Vabadussoja_Ajaloo_Komitee, lk 10
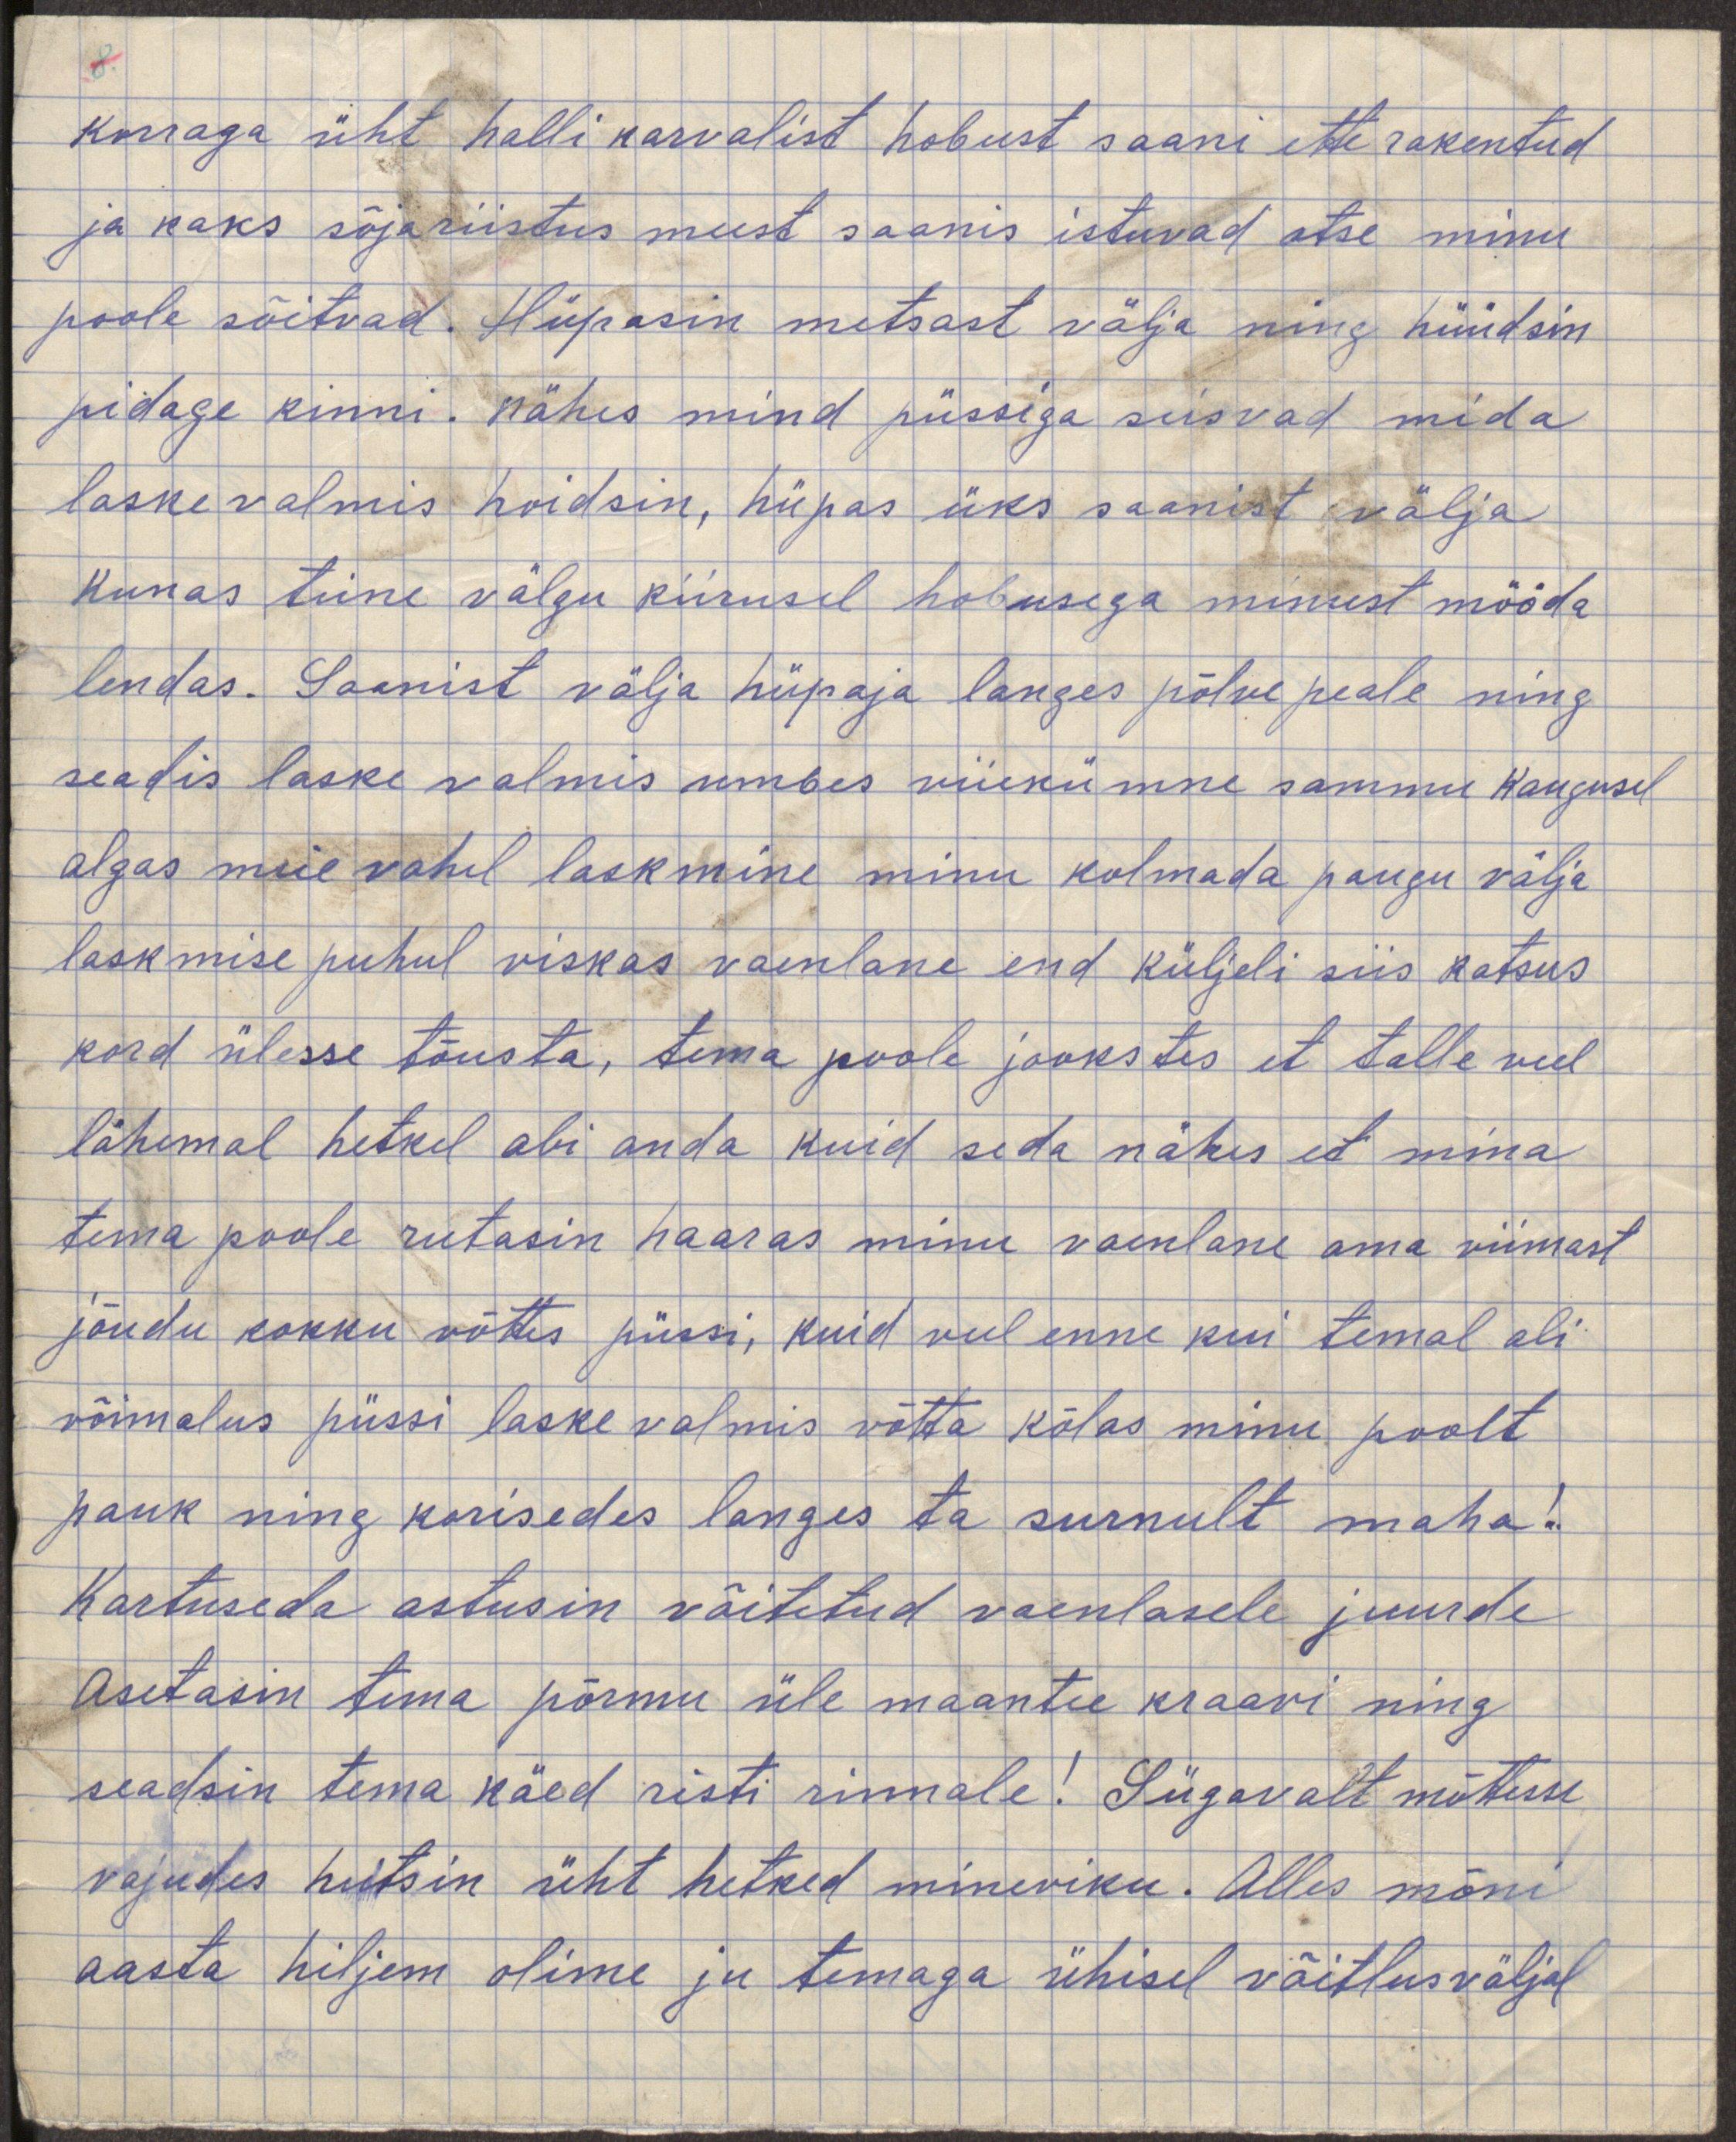
korraga üht halli karvalist hobust saani ette rakendatud
ja kaks sõjariistus meest saanis istuvad otse minu
poole sõitvad. Hüpasin metsast välja ning hüüdsin
pidage kinni. Nähes mind püssiga seisvad mida
laske valmis hoidsime, hüpas üks saanist välja
kunas teine välgu kiirusel hobusega minust mööda
lendas. Saanist välja hüpaja langes põlve peale ning
seadis laske valmis umbes viiekümne sammu kaugusel
algas meie vahel laskmine minu kolmada paugu välja
laskmisel puhul viskas vaenlane end küljeli siis katsus
kord ülesse tõusta, tema poole jookstes et talle veel
lähemal hetkel abi anda kuid seda nähes et mina
tema poole rutasin haara minu vaenlane oma viimast
jõudu kokku võttis püssi, kuid veel enne kui temal oli
võimalus püssi laske valmis võtta kõlas minu poolt
pauk ning korisedes langes ta surnult maha!
Kartuseda astusin võitetud vaenlasele juurde
astusin tema põrmu üle maantee kraavi ning
seadsin tema käed risti rinnale! Sügavalt mõtesse
vajudes heitsin üht hetked minevikku. Alles mõni
aasta hiljem olime ju temaga ühisel võitlusväljal